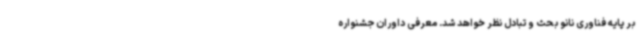
بر پایه فناوری نانو بحث و تبادل نظر خواهد شد. معرفی داوران جشنواره